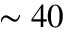
\sim 4 0